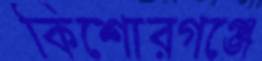
কিশোরগঞ্জে